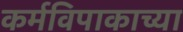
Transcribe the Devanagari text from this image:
कर्मविपाकाच्या